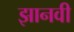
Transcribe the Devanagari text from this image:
झानवी